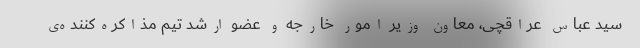
سید عباس عراقچی، معاون وزیر امور خارجه و عضو ارشد تیم مذاکره‌کننده‌ی